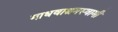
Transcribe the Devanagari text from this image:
माधवाश्रमस्वामी